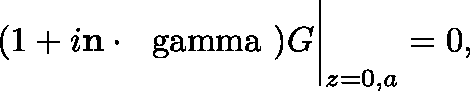
( 1 + i { \bf n } \cdot \mathrm { \boldmath { ~ \ g a m m a ~ } } ) G \bigg | _ { z = 0 , a } = 0 ,